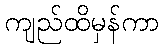
ကျည်ထိမှန်ကာ